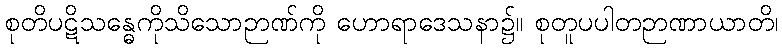
စုတိပဋိသန္ဓေကိုသိသောဉာဏ်ကို ဟောရာဒေသနာ၌။ စုတူပပါတဉာဏာယာတိ၊